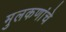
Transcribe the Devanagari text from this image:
मुलकणांचे